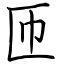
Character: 匝